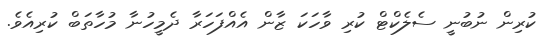
ކުރިން ނުބުނީ ސެލެކްޓް ކުރި ވާހަކަ ޒާން އެއްފަހަރާ ދެމީހުނާ މުހާތަބް ކުރިއެވެ.